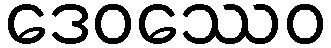
ဒေဝဿေဝ